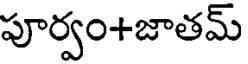
పూర్వం+జాతమ్